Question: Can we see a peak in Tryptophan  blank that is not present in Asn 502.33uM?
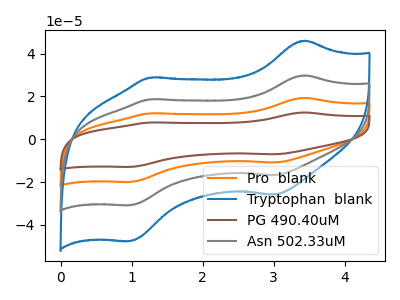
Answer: <think>The orange curve "Pro  blank" has anodic peaks at (3.45V, 59.60uA) (1.25V, 37.30uA) and cathodic peaks at (3.00V, -33.50uA) (1.00V, -61.60uA). The blue curve "Tryptophan  blank" has anodic peaks at (3.45V, 46.00uA) (1.25V, 28.80uA) and cathodic peaks at (3.00V, -25.85uA) (1.00V, -47.55uA). The brown curve "PG 490.40uM" has anodic peaks at (3.45V, 89.40uA) (1.25V, 56.00uA) and cathodic peaks at (3.00V, -50.25uA) (1.00V, -92.45uA). The gray curve "Asn 502.33uM" has anodic peaks at (3.45V, 29.80uA) (1.25V, 18.65uA) and cathodic peaks at (3.00V, -16.75uA) (1.00V, -30.80uA).
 All the peaks in "Tryptophan  blank" have a peak in "Asn 502.33uM" at the same potential. Every peak in "Tryptophan  blank" is higher than every peak in "Asn 502.33uM".</think>
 <answer>No, "Tryptophan  blank" and "Asn 502.33uM" don't appear to be significantly different in shape</answer>
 <eval>no_change</eval>